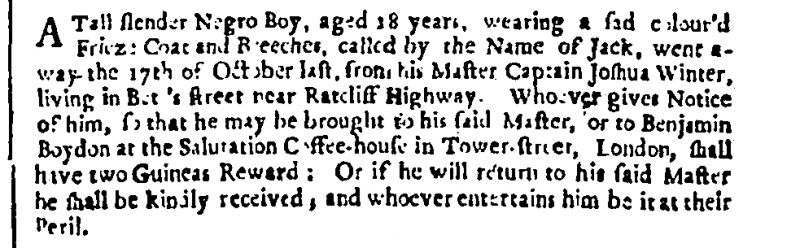
London Gazette, 15 November 1705 (England)
A Tall slender Negro Boy, aged 18 years, wearing a sad colour’d Frieze Coat and Breeches, called by the Name of Jack, went away the 17th of October last, from his Master Captain Joshua Winter, living in B[]t[]’s street near Ratcliff Highway. Whoever gives Notice of him, so that he may be brought to his said Master, or to Benjamin Boydon at the Salutation Coffee-house in Tower-street, London, shall have two Guineas Reward: Or if he will return to his said Master he shall be kindly received, whoever entertains him be it at their Peril.